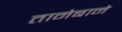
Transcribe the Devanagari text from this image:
तानेबाने